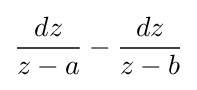
{dz \over z-a}-{dz \over z-b}